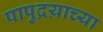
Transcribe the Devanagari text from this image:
पापुद्रय़ाच्या